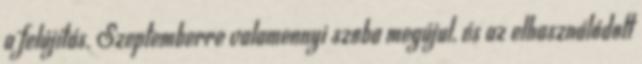
a felújítás. Szeptemberre valamennyi szoba megújul, és az elhasználódott